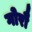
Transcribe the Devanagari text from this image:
गोरौ